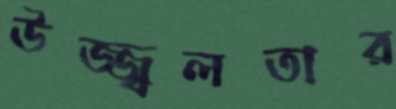
উজ্জ্বলতার